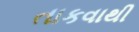
તાકવાથી